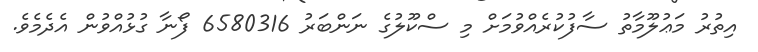
އިތުރު މަޢުލޫމާތު ސާފުކުރެއްވުމަށް މި ސްކޫލުގެ ނަންބަރު 6580316 ފޯނާ ގުޅުއްވުން އެދެމެވެ.